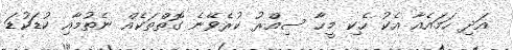
އަދި ހަމައެއާ އެކު ހެކި މީހާ ސިއްރު ކުރެވޭނެ ގޮތްތަކެއް ނެތުމާއި ކުޑަކުޑަ